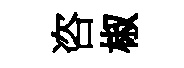
咨椒